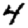
Digit: 4